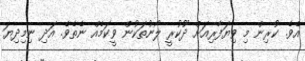
އެވެ. ކުރިން މި ވިޔަފާރިއަށް ދޫކުރީ ލޯނުތަކުން ވީކަމެއް ނެތެވެ. އަދި ނިމިދިޔަ